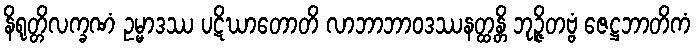
နိရုတ္တိလက္ခဏံ ဥမ္မာဒဿ ပဋိဃာတောတိ လာဘာဘာဝဒဿနတ္ထန္တိ ဘုဉ္ဇိတဗ္ဗံ ဇေဋ္ဌဘာတိကံ